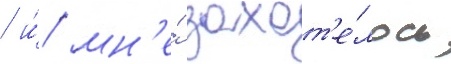
/ и́ мн'е́ захот'е́лось